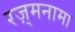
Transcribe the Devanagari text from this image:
रज़्मनामा